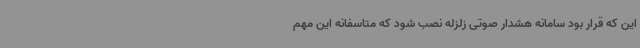
این که قرار بود سامانه هشدار صوتی زلزله نصب شود که متاسفانه این مهم